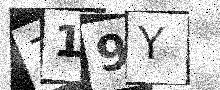
Text: 719Y